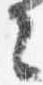
々